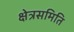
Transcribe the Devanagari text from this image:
क्षेत्रसमिति